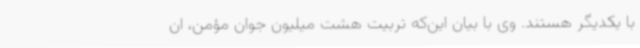
با یکدیگر هستند. وی با بیان این‌که تربیت هشت میلیون جوان مؤمن، ان